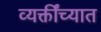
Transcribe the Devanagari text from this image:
व्यक्तींच्यात